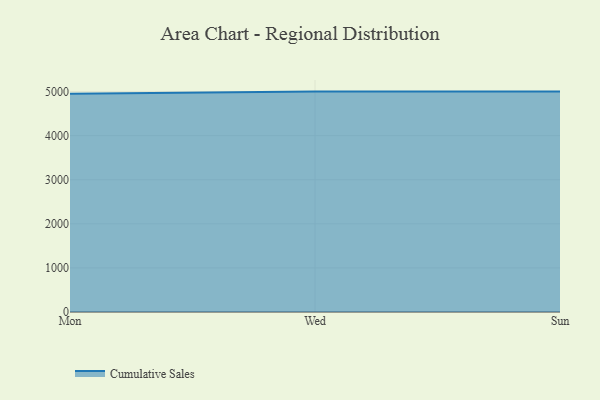
{"axis": {"x": "Day", "y": "Page Views"}, "legend": ["Cumulative Sales"], "data": [{"x": "Mon", "y": 4950.3, "type": "Cumulative Sales"}, {"x": "Wed", "y": 5000, "type": "Cumulative Sales"}, {"x": "Sun", "y": 5000, "type": "Cumulative Sales"}]}